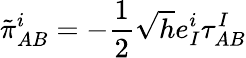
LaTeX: \tilde{\pi}_{AB}^{i}=-\frac{1}{2}\sqrt{h}e_{I}^{i}\tau_{AB}^{I}